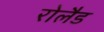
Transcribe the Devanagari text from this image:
रोलैड